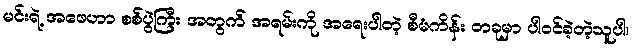
မင်းရဲ့ အဖေဟာ စစ်ပွဲကြီး အတွက် အရမ်းကို အရေးပါတဲ့ စီမံကိန်း တခုမှာ ပါဝင်ခဲ့တဲ့သူပါ၊